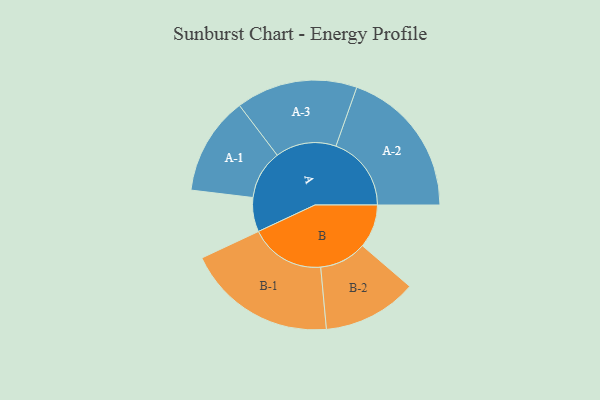
{"axis": {"x": "Segment", "y": "Value"}, "legend": ["", "A", "B"], "data": [{"x": "A", "y": 121, "type": ""}, {"x": "B", "y": 154, "type": ""}, {"x": "A-1", "y": 174, "type": "A"}, {"x": "A-2", "y": 267, "type": "A"}, {"x": "A-3", "y": 215, "type": "A"}, {"x": "B-1", "y": 266, "type": "B"}, {"x": "B-2", "y": 167, "type": "B"}]}